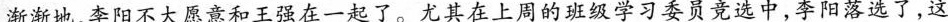
渐渐地，李阳不大愿意和王强在一起了。尤其在上周的班级学习委员竞选中，李阳落选了，这